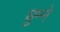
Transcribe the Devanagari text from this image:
घुम्ने